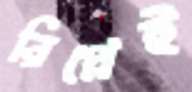
রিপ্লেই